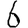
Digit: 6